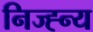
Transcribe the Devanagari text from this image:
निज्ह्न्य